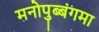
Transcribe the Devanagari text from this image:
मनोपुब्बंगमा